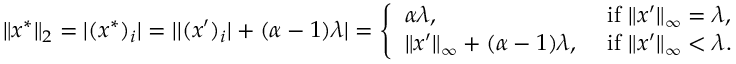
\begin{array} { r } { \| x ^ { * } \| _ { 2 } = | ( x ^ { * } ) _ { i } | = | | ( x ^ { \prime } ) _ { i } | + ( \alpha - 1 ) \lambda | = \left\{ \begin{array} { l l } { \alpha \lambda , } & { \mathrm { ~ i f ~ } \| x ^ { \prime } \| _ { \infty } = \lambda , } \\ { \| x ^ { \prime } \| _ { \infty } + ( \alpha - 1 ) \lambda , } & { \mathrm { ~ i f ~ } \| x ^ { \prime } \| _ { \infty } < \lambda . } \end{array} \right. } \end{array}